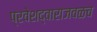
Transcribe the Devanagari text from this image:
प्रवेशद्वाराजवळच